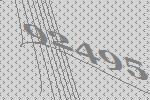
92495